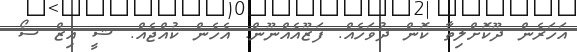
އަހަރެން ދޫކޮށްލިތާ ކޮން ދުވަހެއް. ފަޒޫއެއްނޫން. އެހެން ކުއްޖެއް. ޝީ އިޒް ސޯ